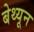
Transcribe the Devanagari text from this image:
बेथ्यून